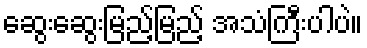
ဆွေးဆွေးမြည့်မြည့် အသံကြီးပါပဲ။